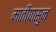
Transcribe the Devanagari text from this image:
मातीपासुन